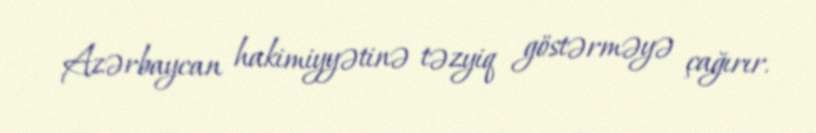
Azərbaycan hakimiyyətinə təzyiq göstərməyə çağırır.